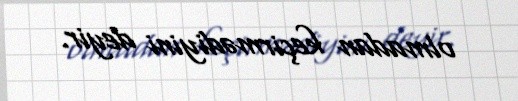
olmadan keçirmədiyini deyir.